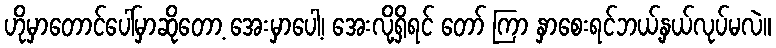
ဟိုမှာတောင်ပေါ်မှာဆိုတော့ အေးမှာပေါ့၊ အေးလို့ရှိရင် တော် ကြာ နှာစေးရင်ဘယ့်နှယ်လုပ်မလဲ။